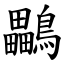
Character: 鸓